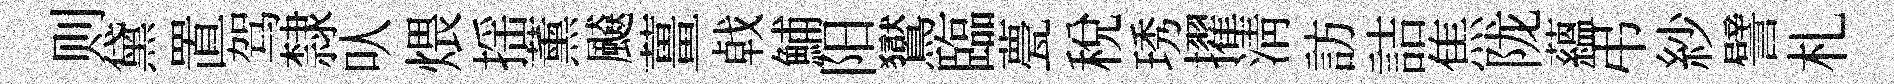
则黛置驾隸㕥煨揺薰飇薑㦸鯆阳鸑臨甍稅琇擢清訪詰焦陇蘊弔紗譬札